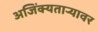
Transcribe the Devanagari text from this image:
अजिंक्यतार्‍यावर